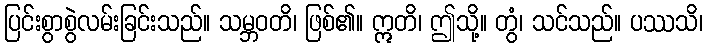
ပြင်းစွာစွဲလမ်းခြင်းသည်။ သမ္ဘဝတိ၊ ဖြစ်၏။ ဣတိ၊ ဤသို့။ တွံ၊ သင်သည်။ ပဿသိ၊